Rangoon Lunatic Asylum 1893-1897 - 1893-1897
Year: 1893
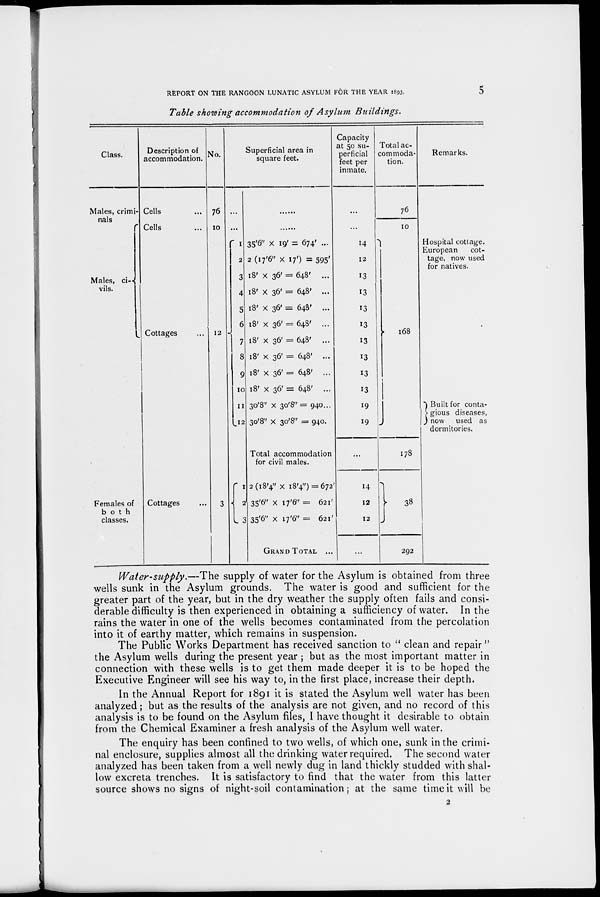
REPORT ON THE RANGOON LUNATIC ASYLUM FOR THE YEAR 1893.
5
Table showing accommodation of Asylum Buildings.
Class.
Males, crimi-
nals
Males, ci-
vils.
Females of
both
classes.
Description of
accommodation.
Cells ...
Cells ...
Cottages ...
Cottages ...
No.
76
10
12
3
Superficial area in
square feet.
...
...
1
2
3
4
5
6
7
8
9
10
11
12
1
2
3
.
......
35'6" × 19' = 674' ...
2 (17'6" × 17') = 595'
18' × 36' = 648' ...
18' × 36' = 648' ...
18' × 36' = 648' ...
18' × 36' = 648' ...
18' × 36' = 648' ...
18 × 36' = 648' ...
18' × 36' = 648' ...
18' × 36' = 648' ...
30'8" × 30'8"= 940...
30'8" × 30'8" = 940.
Total accommodation
for civil males.
2(18'4" × 18'4") = 672'
35'6" × 17'6" = 621'
35'6" × 17'6" = 621'
GRAND TOTAL ...
Capacity
at 50 su-
perficial
feet per
inmate.
...
...
14
12
13
13
13
13
13
13
13
13
19
19
...
14
12
12
...
Total ac-
commoda-
tion.
76
10
168
178
38
292
Remarks.
Hospital cottage.
European
cot-
tage, now used
for natives.
Built for conta-
gious diseases,
now used as
dormitories.
Water-supply.—The supply of water for the Asylum is obtained from three
wells sunk in the Asylum grounds. The water is good and sufficient for the
greater part of the year, but in the dry weather the supply often fails and consi-
derable difficulty is then experienced in obtaining a sufficiency of water. In the
rains the water in one of the wells becomes contaminated from the percolation
into it of earthy matter, which remains in suspension.
The Public Works Department has received sanction to " clean and repair"
the Asylum wells during the present year ; but as the most important matter in
connection with these wells is to get them made deeper it is to be hoped the
Executive Engineer will see his way to, in the first place, increase their depth.
In the Annual Report for 1891 it is stated the Asylum well water has been
analyzed; but as the results of the analysis are not given, and no record of this
analysis is to be found on the Asylum files, I have thought it desirable to obtain
from the Chemical Examiner a fresh analysis of the Asylum well water.
The enquiry has been confined to two wells, of which one, sunk in the crimi-
nal enclosure, supplies almost all the drinking water required. The second water
analyzed has been taken from a well newly dug in land thickly studded with shal-
low excreta trenches. It is satisfactory to find that the water from this latter
source shows no signs of night-soil contamination; at the same time it will be
2